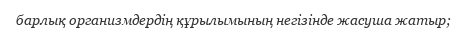
барлық организмдердің құрылымының негізінде жасуша жатыр;